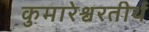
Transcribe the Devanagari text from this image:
कुमारेश्वरतीर्थ